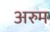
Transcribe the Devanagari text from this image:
अरुम